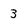
Character: 3